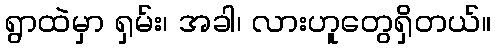
ရွာထဲမှာ ရှမ်း၊ အခါ၊ လားဟူတွေရှိတယ်။